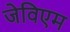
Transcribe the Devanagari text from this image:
जेविएम